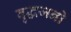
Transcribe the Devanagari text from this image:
वृद्धजनो